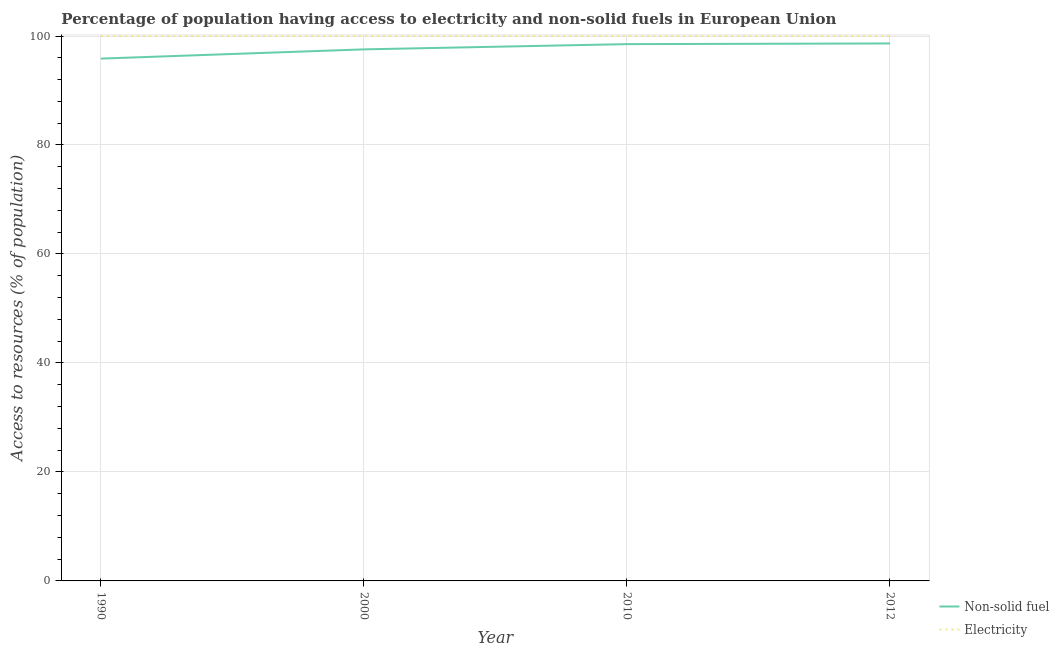
| Year | Non-solid fuel | Electricity |
 | --- | --- | --- |
 | 1990 | 95.9 | 100 |
 | 2000 | 97.5 | 100 |
 | 2010 | 98.5 | 100 |
 | 2012 | 98.6 | 100 |